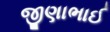
જીણાભાઈ